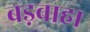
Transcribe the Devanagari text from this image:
बड़वाहा